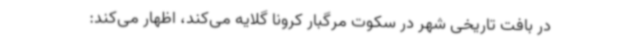
در بافت تاریخی شهر در سکوت مرگبار کرونا گلایه می‌کند، اظهار می‌کند: